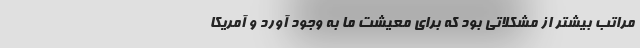
مراتب بیشتر از مشکلاتی بود که برای معیشت ما به وجود آورد و آمریکا